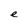
Character: e